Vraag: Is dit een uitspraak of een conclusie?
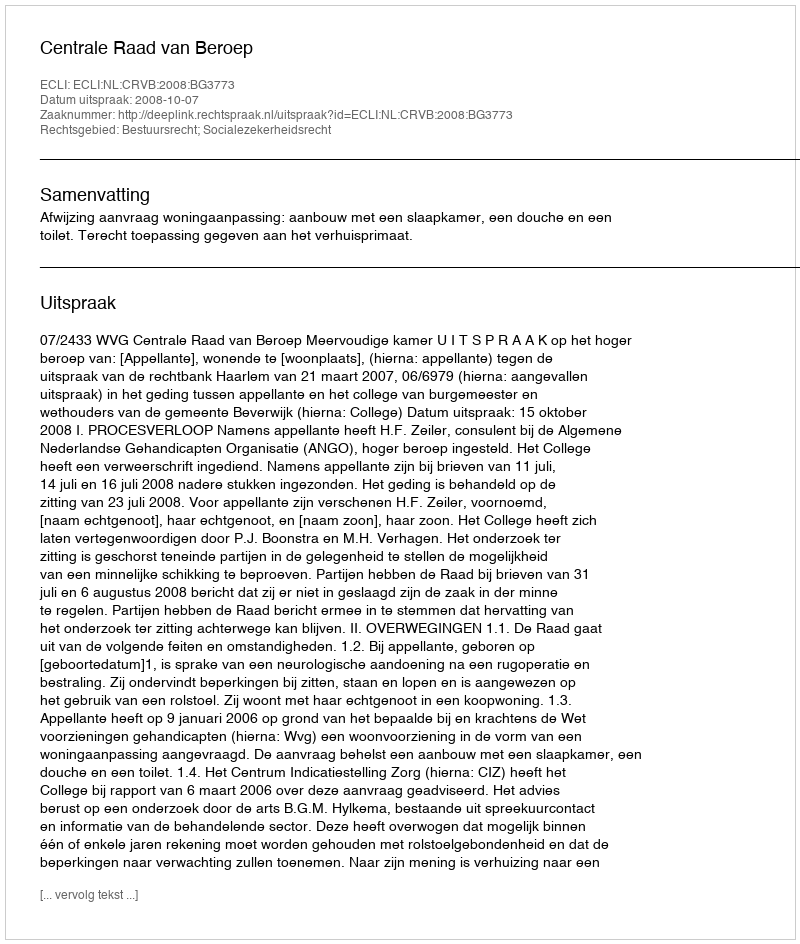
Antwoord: Uitspraak